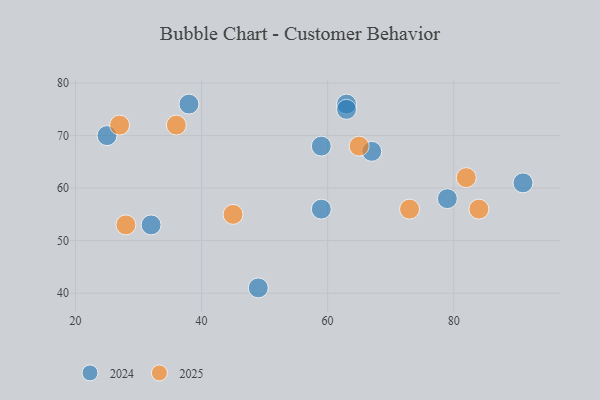
{"axis": {"x": "GDP", "y": "Life Expectancy"}, "legend": ["2024", "2025"], "data": [{"x": "82", "y": 62, "type": "2025"}, {"x": "65", "y": 68, "type": "2025"}, {"x": "36", "y": 72, "type": "2025"}, {"x": "84", "y": 56, "type": "2025"}, {"x": "27", "y": 72, "type": "2025"}, {"x": "45", "y": 55, "type": "2025"}, {"x": "28", "y": 53, "type": "2025"}, {"x": "73", "y": 56, "type": "2025"}, {"x": "25", "y": 70, "type": "2024"}, {"x": "63", "y": 76, "type": "2024"}, {"x": "32", "y": 53, "type": "2024"}, {"x": "63", "y": 75, "type": "2024"}, {"x": "59", "y": 56, "type": "2024"}, {"x": "79", "y": 58, "type": "2024"}, {"x": "59", "y": 68, "type": "2024"}, {"x": "38", "y": 76, "type": "2024"}, {"x": "49", "y": 41, "type": "2024"}, {"x": "67", "y": 67, "type": "2024"}, {"x": "91", "y": 61, "type": "2024"}]}